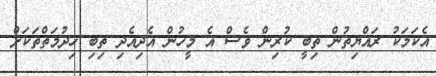
އެކަމަކު ރައްޔިތުން ތިބީ ކުރިން ވެސް އެ މީހުން އެދިއެދި ތިބި ހިދުމަތްތަކަށް